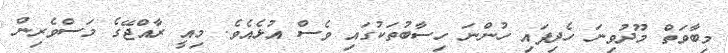
މިބާވަތް މޫދުވިނަ ހެދިފައި ހުންނަ ހިސާބުތަކުގައި ވެސް އުޅެއެވެ. މިއީ ރާއްޖޭގެ މަސްވެރިން